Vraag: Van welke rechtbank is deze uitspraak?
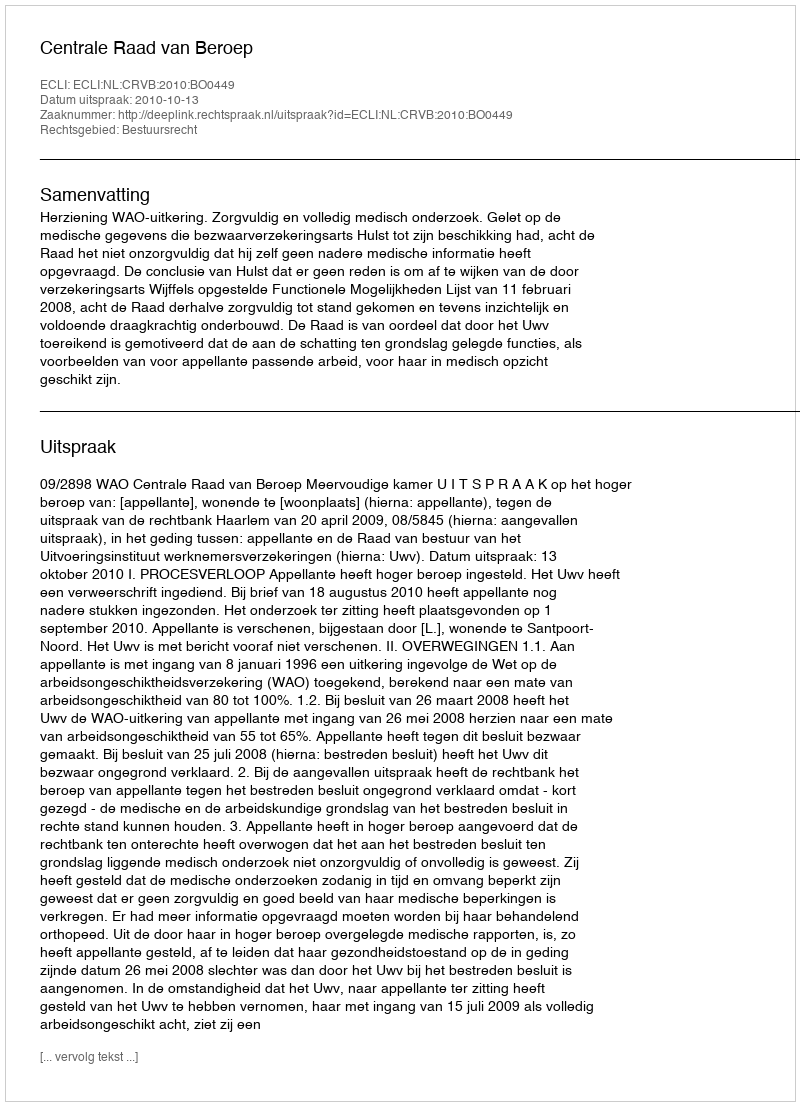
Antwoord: Centrale Raad van Beroep